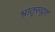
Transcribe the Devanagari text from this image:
भ्रातृसदृश